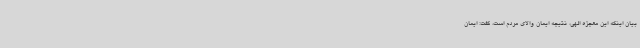
بیان اینکه این معجزه الهی، نتیجه ایمان والای مردم است، گفت: ایمان